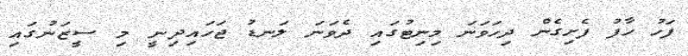
ފަހު ހާފު ފެށިގެން ދިހަވަނަ މިނިޓުގައި ދެވަނަ ލަނޑު ޖަހައިދިނީ މި ސީޒަނުގައި